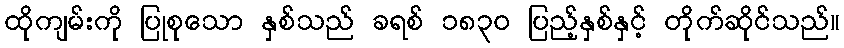
ထိုကျမ်းကို ပြုစုသော နှစ်သည် ခရစ် ၁၈၃၀ ပြည့်နှစ်နှင့် တိုက်ဆိုင်သည်။